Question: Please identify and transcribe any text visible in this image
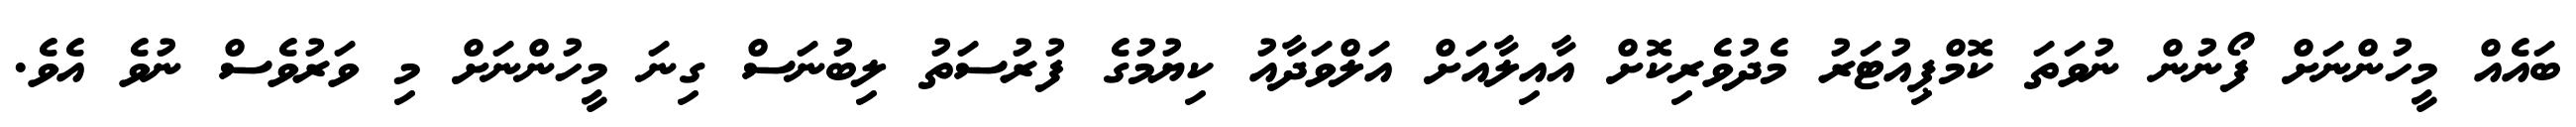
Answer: ބައެއް މީހުންނަށް ފޯނުން ނުވަތަ ކޮމްޕިއުޓަރު މެދުވެރިކޮށް އާއިލާއަށް އަލްވަދާއު ކިޔުމުގެ ފުރުސަތު ލިބުނަސް ގިނަ މީހުންނަށް މި ވަރުވެސް ނުވެ އެވެ.